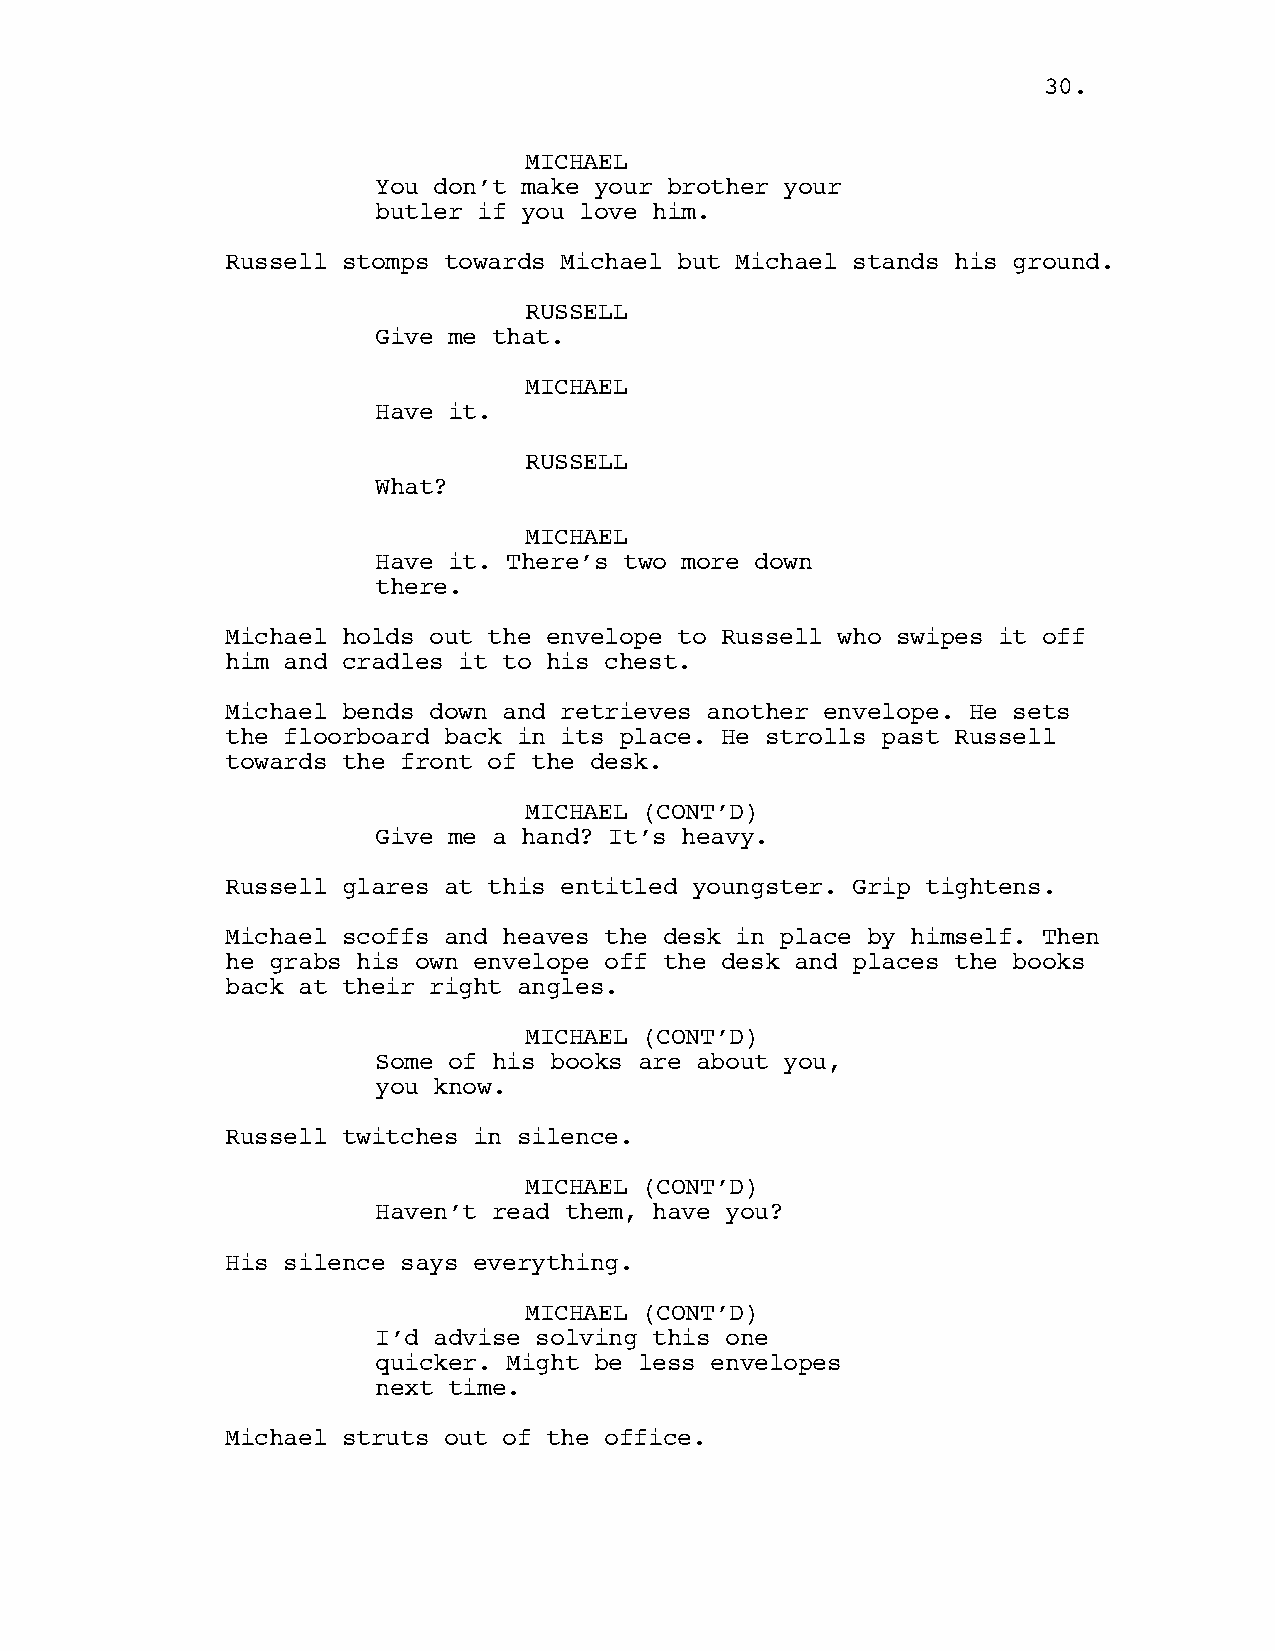
30.
 MICHAEL
 You don’t make your brother your
 butler if you love him.
 Russell stomps towards Michael but Michael stands his ground.
 RUSSELL
 Give me that.
 MICHAEL
 Have it.
 RUSSELL
 What?
 MICHAEL
 Have it. There’s two more down
 there.
 Michael holds out the envelope to Russell who swipes it off
 him and cradles it to his chest.
 Michael bends down and retrieves another envelope. He sets
 the floorboard back in its place. He strolls past Russell
 towards the front of the desk.
 MICHAEL (CONT’D)
 Give me a hand? It’s heavy.
 Russell glares at this entitled youngster. Grip tightens.
 Michael scoffs and heaves the desk in place by himself. Then
 he grabs his own envelope off the desk and places the books
 back at their right angles.
 MICHAEL (CONT’D)
 Some of his books are about you,
 you know.
 Russell twitches in silence.
 MICHAEL (CONT’D)
 Haven’t read them, have you?
 His silence says everything.
 MICHAEL (CONT’D)
 I’d advise solving this one
 quicker. Might be less envelopes
 next time.
 Michael struts out of the office.